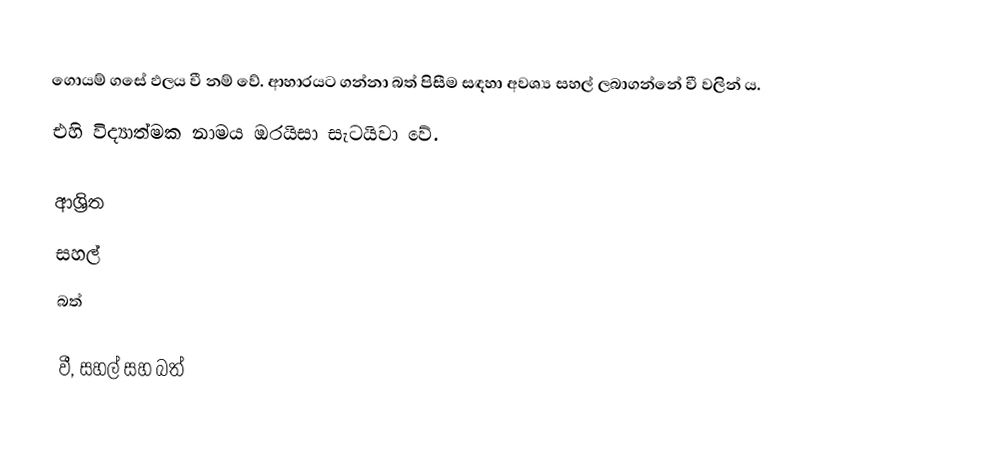
ගොයම් ගසේ ඵලය වී නම් වේ. ආහාරයට ගන්නා බත් පිසීම සඳහා අවශ්‍ය සහල් ලබාගන්නේ වී වලින් ය.
එහි විද්‍යාත්මක නාමය ඔරයිසා සැටයිවා වේ.

ආශ්‍රිත
 සහල්
 බත්

වී, සහල් සහ බත්